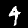
Digit: 4